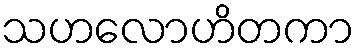
သဟလောဟိတကာ